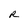
Character: R